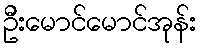
ဦးမောင်မောင်အုန်း